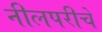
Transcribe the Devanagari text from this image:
नीलपरीचे